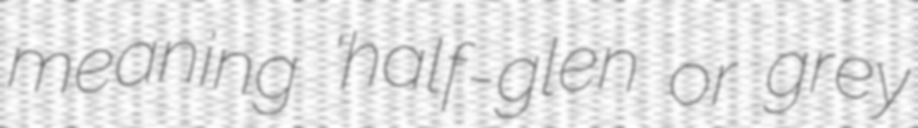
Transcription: meaning 'half-glen or grey